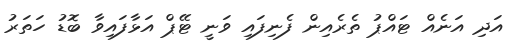
އަދި އަނެއް ޓައްޕު ތެރެއިން ފެނިފައި ވަނީ ޓޭޕް އަޅާފައިވާ ބޮޑު ހަތަރު